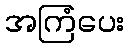
အကြံပေး